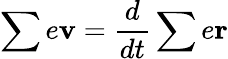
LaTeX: \sum e{\textbf{v}}=\frac{d}{dt}\sum e\textbf{r}